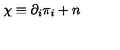
\chi \equiv \partial _ { i } \pi _ { i } + n